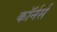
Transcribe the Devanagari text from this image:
कॉर्नर्स